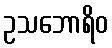
ဥသဘောရိဝ